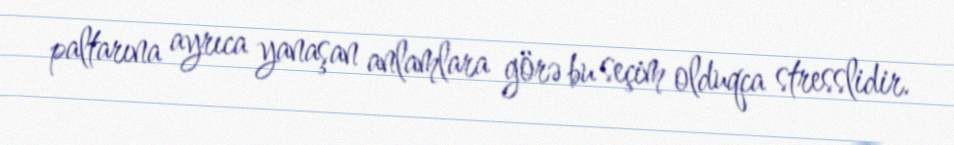
paltarına ayrıca yanaşan anlamlara görə bu seçim olduqca stresslidir.